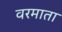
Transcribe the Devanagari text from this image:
वरमाता